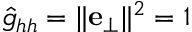
\hat { g } _ { h h } = \lVert \mathbf { e } _ { \perp } \rVert ^ { 2 } = 1